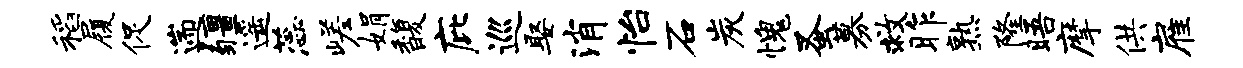
稻履促遄疆遥蕊嵯娟馥庇巡娶消怡石炭愧蚤募救昨熟隆晤摩供雇